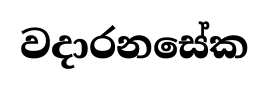
වදාරනසේක